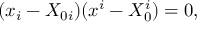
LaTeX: ( x _ { i } - X _ { 0 i } ) ( x ^ { i } - X _ { 0 } ^ { i } ) = 0 ,